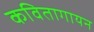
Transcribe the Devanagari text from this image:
कवितागायन